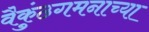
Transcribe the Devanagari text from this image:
वैकुंठगमनाच्या